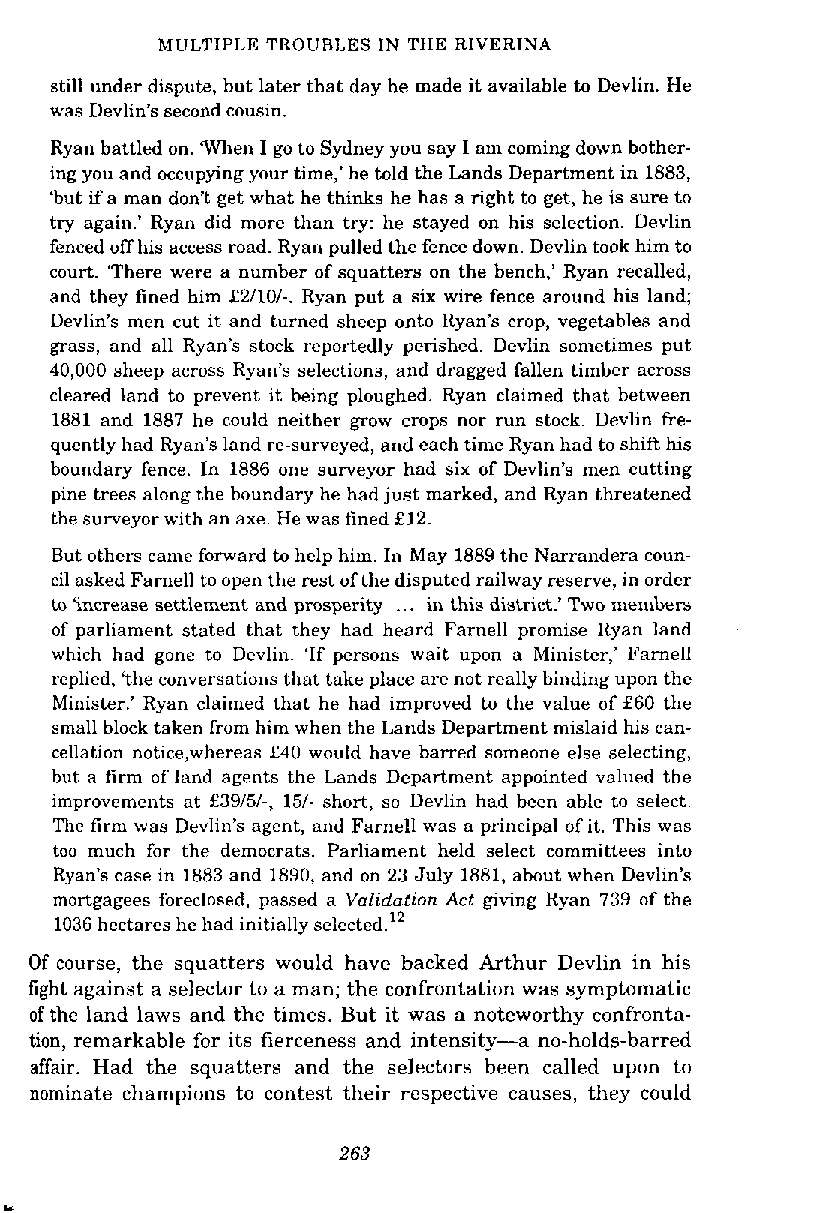
MULTIPLE TROUBLES IN THE RIVERINA
 still under dispute, hut later that day he made it available to Devlin. He
 was Devlin's second cousin.
 Ryan battled on. m e n I go to Sydney you say I am coming down hother-
 ing you and occupying your time,' he told the Lands Department in 1883,
 'but if a man don't get what he thinks he has a right to get, he is sure to
 try again.' Ryan did more than try: he stayed on his selection. Devlin
 fenced off his access road. Ryan pulled the fence down. Devlin took him to
 court. 'There were a number of squatters on the bench,' Ryan recalled,
 and they fined him f21101-.R yan put a six wire fence around his land;
 Devlin's men cut it and turned sheep onto Ryan's crop, vegetables and
 grass, and all Ryan's stock reportedly perished. Devlin sometimes put
 40,000 sheep across Ryan's selections, and dragged fallen timber across
 cleared land to prevent it being ploughed. Ryan claimed that between
 1881 and 1887 he could neither grow crops nor run stock. Devlin fre-
 quently had Ryan's land re-surveyed, and each time Ryan had to shift his
 boundary fence. In 1886 one surveyor had six of Devlin's men cutting
 pine trees along the boundary he had just marked, and Ryan threatened
 the surveyor with an axe. He was fined f 12.
 But others came forward to help him. In May 1889 the Narrandera coun-
 cil asked Farnell to open the rest of the disputed railway reserve, in order
 to 'increase settlement and prosperity .. . in this district.' Two members
 of parliament stated that they had heard Farnell promise Ryan land
 which had gone to Devlin. 'If persons wait upon a Minister,' Farnell
 replied, 'the conversations that take place are not really binding upon the
 Minister.' Ryan claimed that he had improved to the value of f60 the
 small block taken from him when the Lands Department mislaid his can-
 cellation noticqwhereas f40 would have barred someone else selecting,
 but a firm of land agents the Lands Department appointed valued the
 improvements at f39151-, 151- short, so Devlin had been able to select.
 The firm was Devlin's agent, and Farnell was a principal of it. This was
 too much for the democrats. Parliament held select committees into
 Ryan's case in 1883 and 1890, and on 23 July 1881, about when Devlin's
 mortgagees foreclosed, passed a Validation Act gwing Ryan 739 of the
 1036 hectares he had initially se~ected.'~
 Of course, the squatters would have backed Arthur Devlin in his
 fight against a selector to a man; the confrontation was symptomatic
 of the land laws and the times. But it was a noteworthy confronta-
 tion, remarkable for its fierceness and intensity-a no-holds-barred
 affair. Had the squatters and the selectors been called upon to
 nominate champions to contest their respective causes, they could